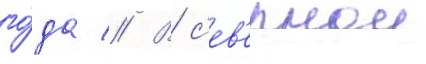
го́да // В с'ев'ернои